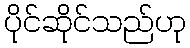
ပိုင်ဆိုင်သည်ဟု